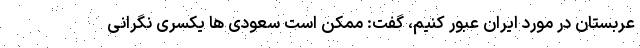
عربستان در مورد ایران عبور کنیم، گفت: ممکن است سعودی ها یکسری نگرانی